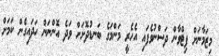
މިޒަމާނަށް ފިޓްވާން ދަސްނުވެފައި އެހެރީ މަންމަގެ ބަނޑުދޮށަށް ވަދެ އޮންނަން ހަދައިގެން ކަމަށް